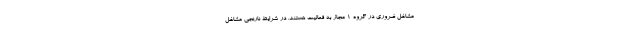
مشاغل ضروری در گروه ۱ مجاز به فعالیت هستند. در شرایط نارنجی مشاغل